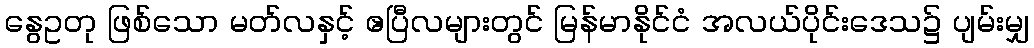
နွေဥတု ဖြစ်သော မတ်လနှင့် ဧပြီလများတွင် မြန်မာနိုင်ငံ အလယ်ပိုင်းဒေသ၌ ပျမ်းမျှ